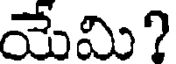
యేమి?